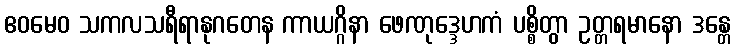
ဧဝမေဝ သကလသရီရာနုဂတေန ကာယဂ္ဂိနာ ဖေဏုဒ္ဒေဟကံ ပစ္စိတွာ ဥတ္တရမာနော ဒန္တေ